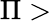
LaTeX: \Pi>